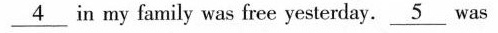
\underline{4} in my family was free yesterday. \underline{5}was